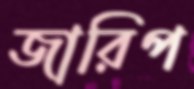
জারিপ